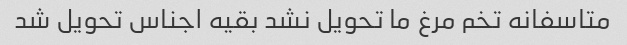
متاسفانه تخم مرغ ما تحویل نشد بقیه اجناس تحویل شد